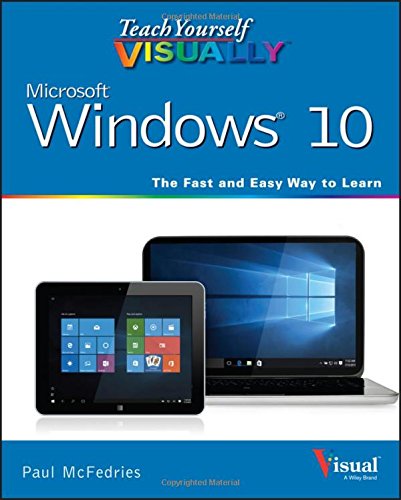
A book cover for Teach Yourself VISUALLY Windows 10 (Teach Yourself VISUALLY (Tech)); Paul McFedries; Computers & Technology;